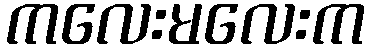
ကလေးမလေးက